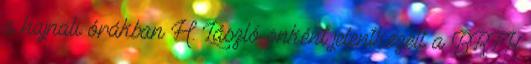
a hajnali órákban H. László önként jelentkezett a BRFK